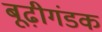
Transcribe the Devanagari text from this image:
बूढ़ीगंडक